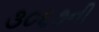
૩૦૬૭ની